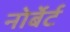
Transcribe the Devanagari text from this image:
नोर्बेर्ट